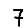
Digit: 7